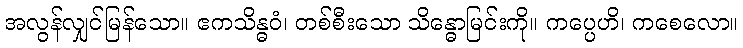
အလွန်လျှင်မြန်သော။ ဧကသိန္ဓဝံ၊ တစ်စီးသော သိန္ဓောမြင်းကို။ ကပ္ပေဟိ၊ ကစေလော။